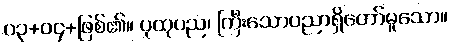
၀၃+၀၄+ဖြစ်၏။ ပုထုပည၊ ကြီးသောပညာရှိတော်မူသော။